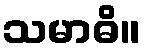
သမာဓိ။